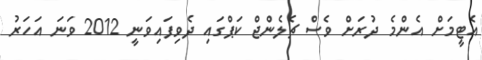
އެޓީމަށް އެންމެ ދުރަށް ވެސް ޗެލެންޖް ކަޕްގައި ދެވިފައިވަނީ 2012 ވަނަ އަހަރު